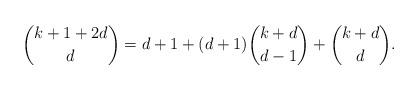
LaTeX: \begin{align*}\binom{k+1+2d}{d}&=d+1+(d+1)\binom{k+d}{d-1}+\binom{k+d}{d}.\end{align*}